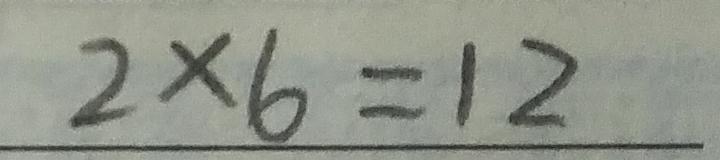
2 \times 6 = 1 2